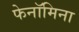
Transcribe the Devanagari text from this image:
फेनॉमिना